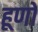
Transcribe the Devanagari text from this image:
हूणो